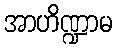
အာဟိဏ္ဍာမ